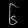
Digit: ၆